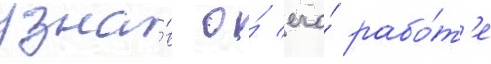
узна́в о́ его́ рабо́т'е